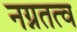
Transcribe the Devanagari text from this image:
नग्नतत्व